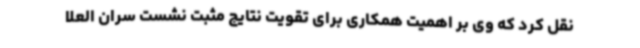
نقل کرد که وی بر اهمیت همکاری برای تقویت نتایج مثبت نشست سران العلا